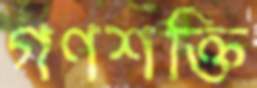
গণশক্তি